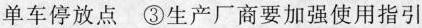
单车停放点 ③生产厂商要加强使用指引